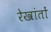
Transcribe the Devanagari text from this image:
रेखांतों